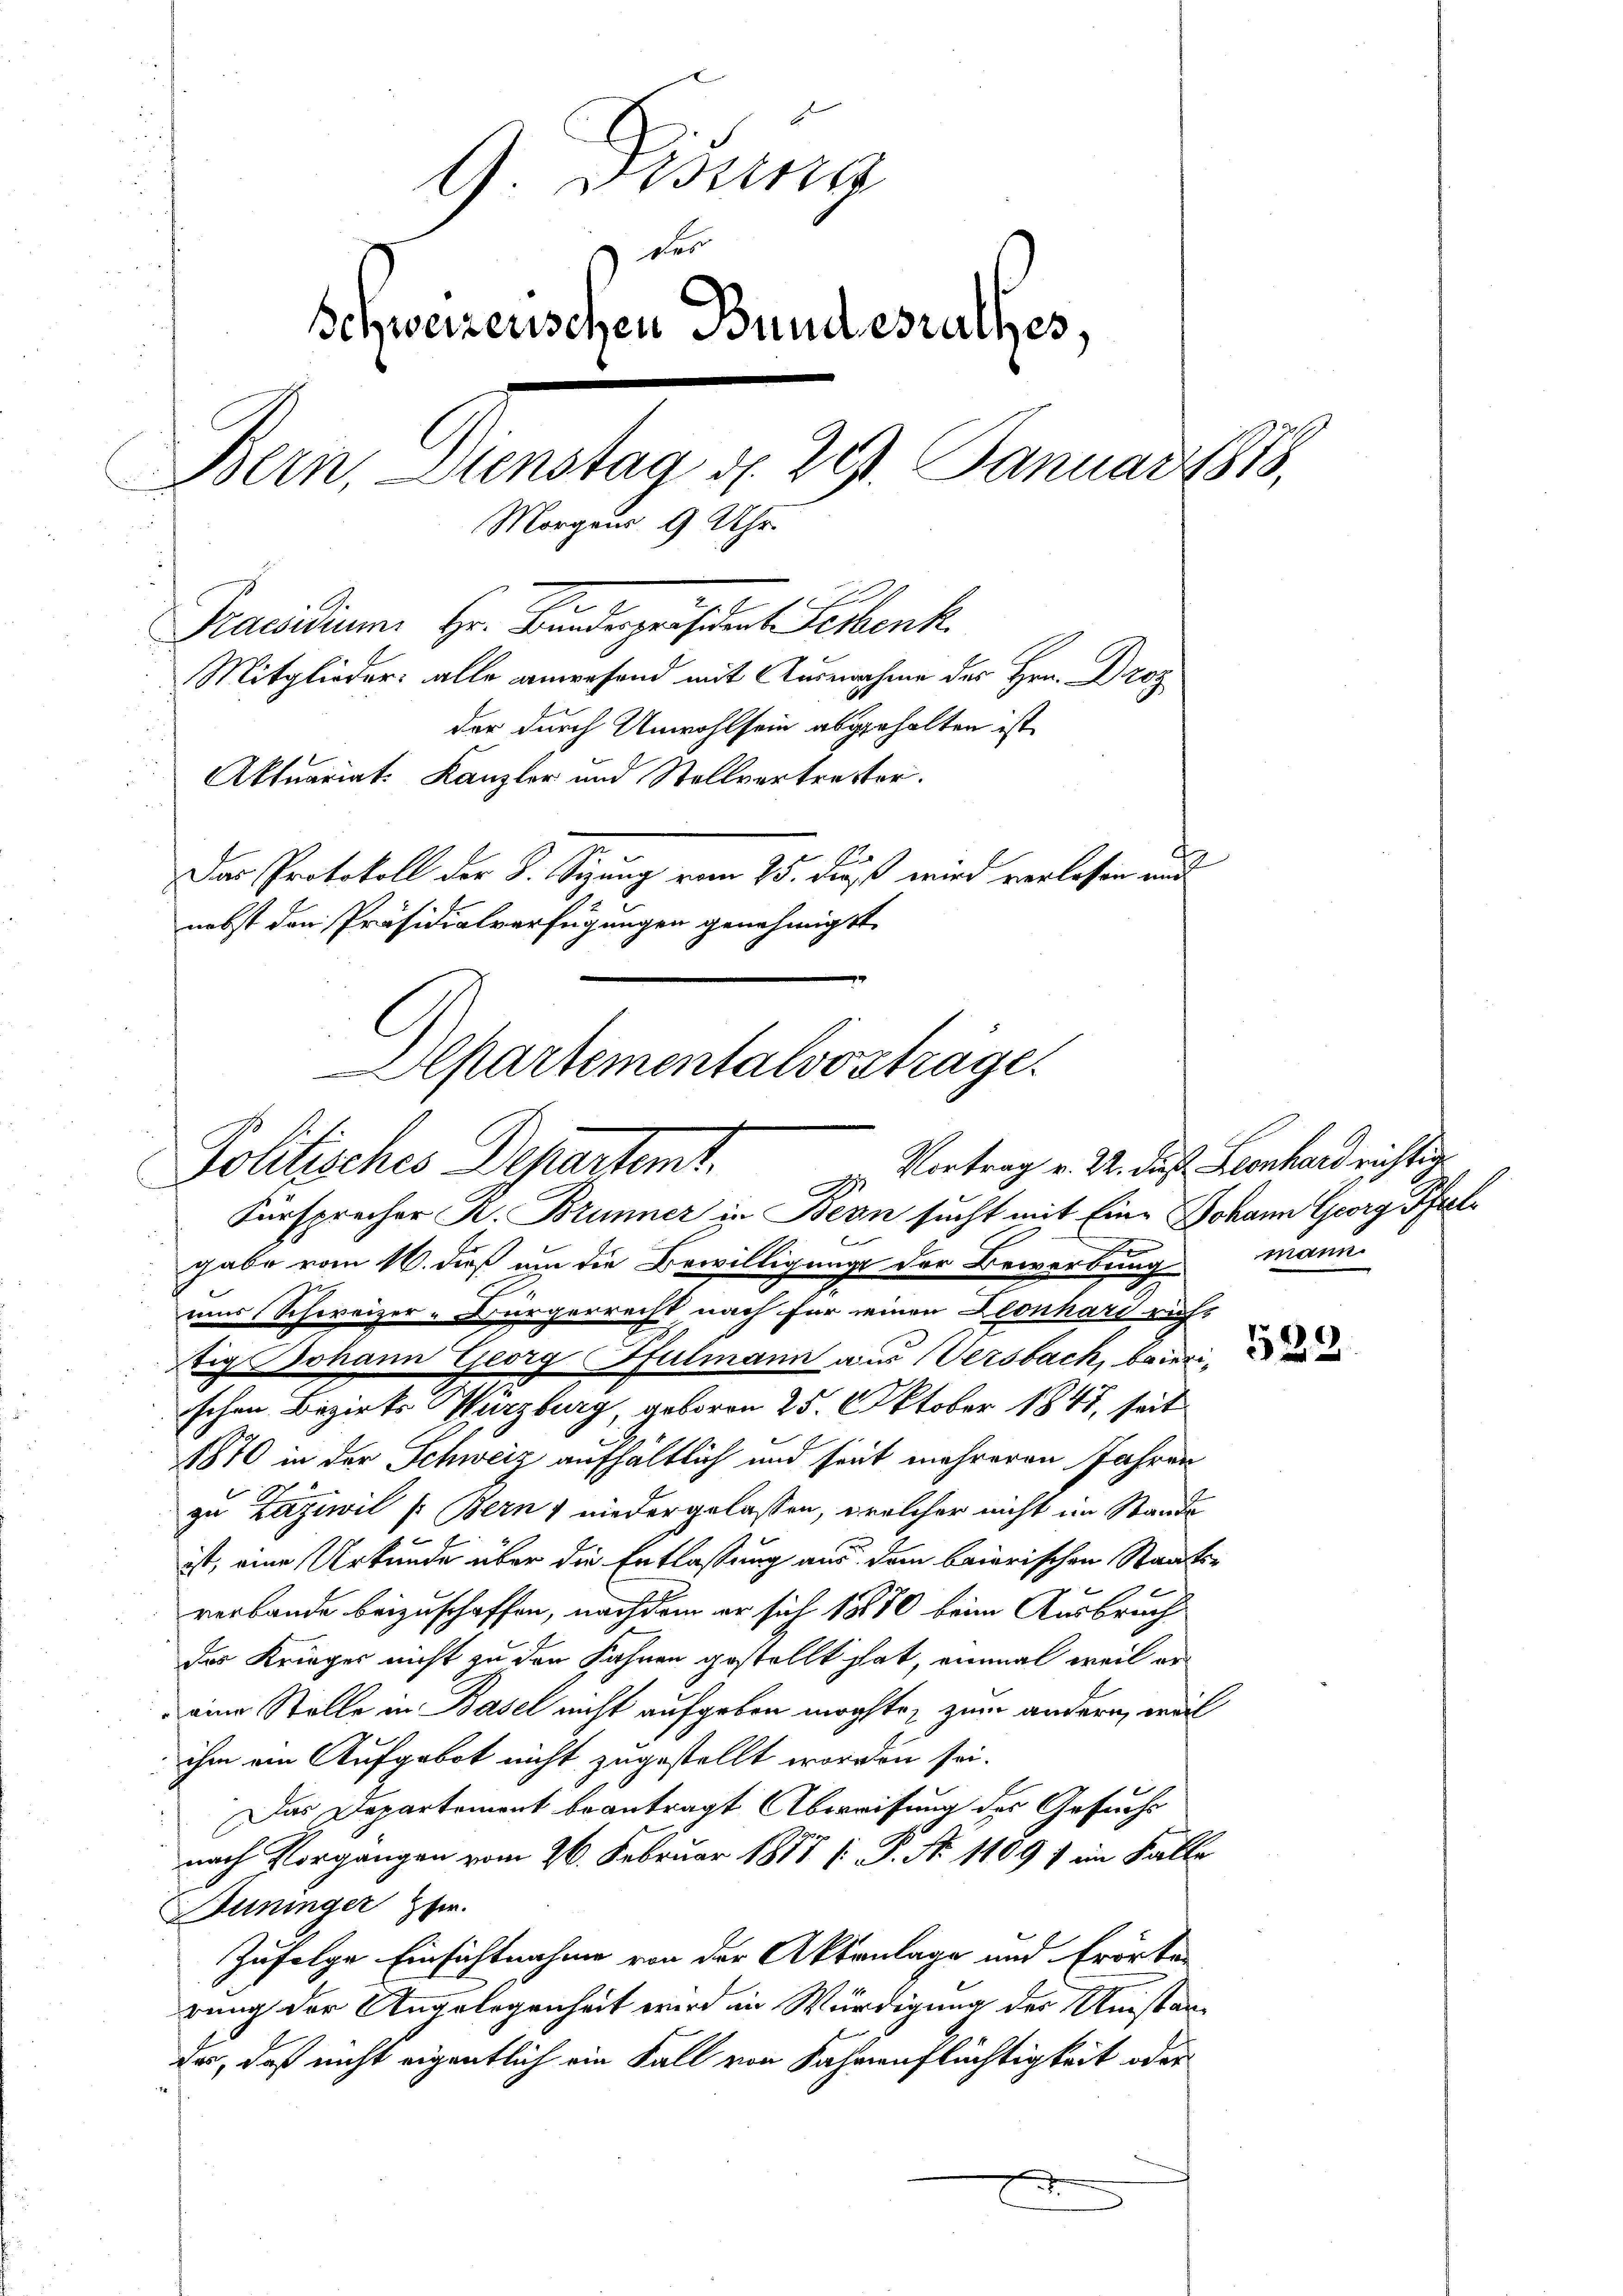
G. Bossin
der
Schweizenschen Bundesrathes,
Bern, Dienstag d. 291. Januar 1815,
Morgens 9 Uhr
Praesidium Hr. Bunderpräsident erbenk
Mitglieder: alle anwesend mit Ausmachen des Hrn. Droz
der durch Unwohl sein abgehalten ist,
Aktuariat. Kanzler und Stellvertretter.
2
Das Protokoll der K. Sizung vom 25. dieß wird verlassen und
nebst den Präsidialverfügungen genehmigt.
Apartementalvorträge.

Politisches Departemt.
Fürsprecher R. Brunner in Bern sucht mit Eine Johann Georg Pfeile
E

gabe vom 16. dieß um die Bewilligung der Bewerbung
eis Schweizer-Bürgerrecht nach für seinen Leonhard richt
tig Johann Georg Pfulmann aus Versbach, baierischen Bezirks Würzburg, geboren 25. Oktober 1841, seit
1870 in der Schweiz aufhältlich und seit mehreren Jahren
zu Laziwil (Bern, niedergelassen, welcher nicht im Stande
ist, eine Urkunde über die Entlassung aus dem baierischen Staats-
verbande beizuschaffen, nachdem er sich 1870 beim Ausbruch
des Krieger nicht zu den Kahnen gestellt hat, einmal weil er
eine Stelle in Basel nicht aufgeben möchte, zum andern, weil
ihm ein Aufgebot nicht zugestellt worden sei.
Das Departement beantragt Abweisung des Gesuchs
nach Vorgangen vom 26. Februar 1877 [ P. Nr. 1109) im Falle
Anninger Ehe.
Zufolge Einsichtnahme von der Aktenlage und Erörten
rung der Angelegenheit wird in Würdigung des Umstan-
der, daß nicht eigentlich ein Fall von Jahrenflächtigkeit oder
e

Vortrag v. 22. dieß Leonhard richtig

mann.

4